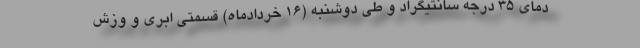
دمای ۳۵ درجه سانتیگراد و طی ‌دوشنبه (۱۶ خردادماه) قسمتی ابری و وزش